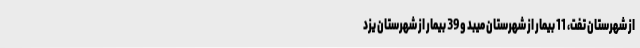
از شهرستان تفت، 11 بیمار از شهرستان میبد و 39 بیمار از شهرستان یزد